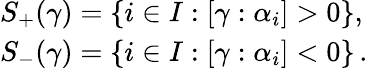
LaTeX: \begin{array}{l}{{S_{+}(\gamma)=\{ i\in I:[\gamma:\alpha_{i}]>0\} ,}}\\ {{S_{-}(\gamma)=\{ i\in I:[\gamma:\alpha_{i}]<0\} \, .}}\end{array}